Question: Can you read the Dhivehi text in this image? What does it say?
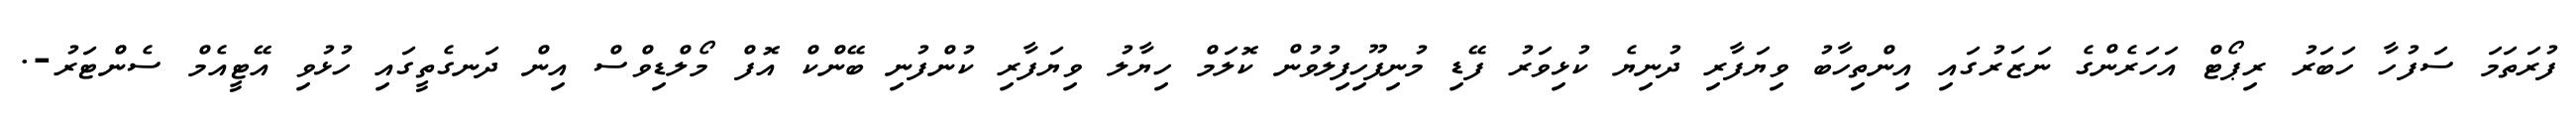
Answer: ފުރަތަމަ ސަފުހާ ހަބަރު ރިޕޯޓް އަހަރެންގެ ނަޒަރުގައި އިންތިހާބު ވިޔަފާރި ދުނިޔެ ކުޅިވަރު ފޭޑި މުނިފޫހިފިލުވުން ކޮލަމް ހިޔާލު ވިޔަފާރި ކުންފުނި ބޭންކް އޮފް މޯލްޑިވްސް އިން ދަނގެތީގައި ހުޅުވި އޭޓީއެމް ސެންޓަރު-.